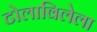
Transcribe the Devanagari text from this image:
टोलाविलेला